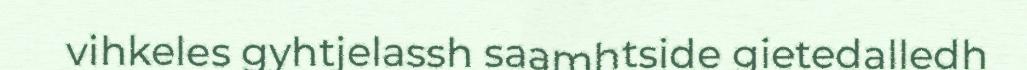
vihkeles gyhtjelassh saamhtside gietedalledh